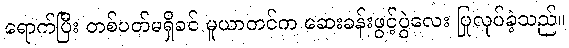
ရောက်ပြီး တစ်ပတ်မရှိခင် မူယာတင်က ဆေးခန်းဖွင့်ပွဲလေး ပြုလုပ်ခဲ့သည်။